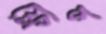
ফ্লেপ